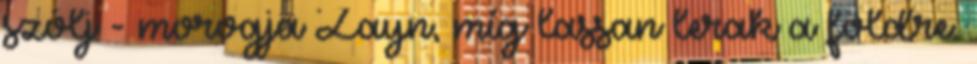
szólj - morogja Zayn, míg lassan lerak a földre.